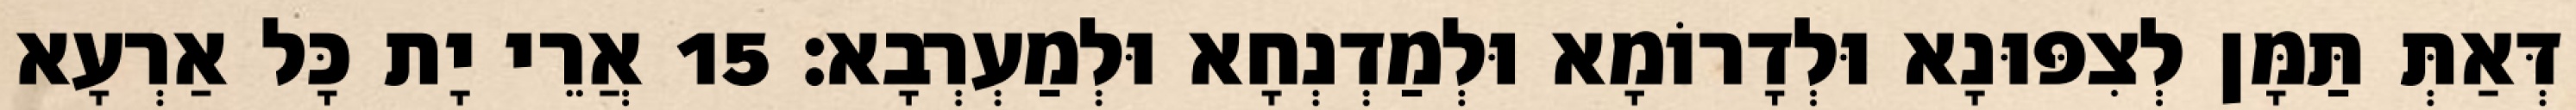
דְּאַתְּ תַּמָּן לְצִפּוּנָא וּלְדָרוֹמָא וּלְמַדְנְחָא וּלְמַעְרְבָא׃ 15 אֲרֵי יָת כָּל אַרְעָא